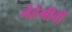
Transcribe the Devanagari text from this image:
नेहेमीची